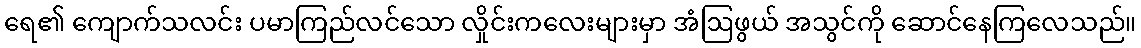
ရေ၏ ကျောက်သလင်း ပမာကြည်လင်သော လှိုင်းကလေးများမှာ အံဩဖွယ် အသွင်ကို ဆောင်နေကြလေသည်။